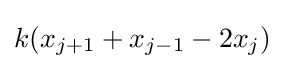
k(x_{j+1}+x_{j-1}-2x_{j})